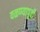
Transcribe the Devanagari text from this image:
वळण्यापूर्वी